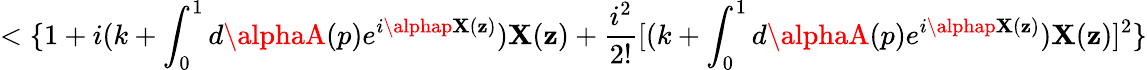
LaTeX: <\{ 1+i(k+\int_{0}^{1}d\alphaA(p)e^{i\alphap\mathbf{X}(\mathbf{z})})\mathbf{X}(\mathbf{z})+\frac{{i^{2}}}{{2!}}[(k+\int_{0}^{1}d\alphaA(p)e^{i\alphap\mathbf{X}(\mathbf{z})})\mathbf{X}(\mathbf{z})]^{2}\}